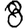
Digit: 8